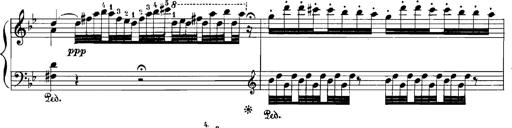
Title: Rhapsodies hongroises
Composer: Franz Liszt